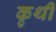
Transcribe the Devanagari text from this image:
कृथी